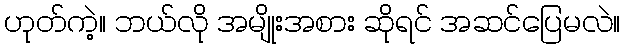
ဟုတ်ကဲ့။ ဘယ်လို အမျိုးအစား ဆိုရင် အဆင်ပြေမလဲ။